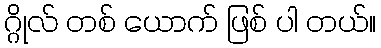
ဂ္ဂိုလ် တစ် ယောက် ဖြစ် ပါ တယ်။